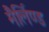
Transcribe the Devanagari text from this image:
मैर्लिण्ड